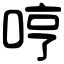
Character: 哼